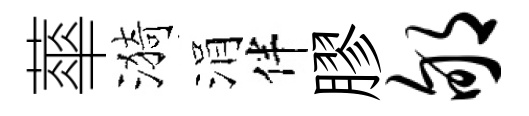
蕐漪涓伴膠郇